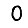
Digit: 0